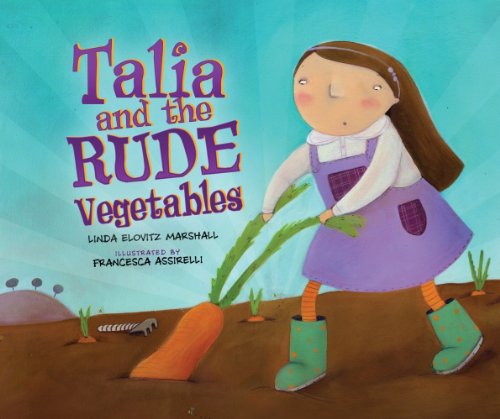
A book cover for Talia and the Rude Vegetables (High Holidays); Linda Elovitz Marshall; Children's Books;